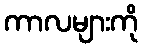
ကာလများကို